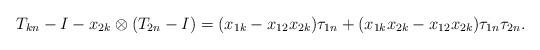
LaTeX: \begin{align*} T_{kn}-I-x_{2k}\otimes(T_{2n}-I)=(x_{1k}-x_{12}x_{2k})\tau_{1n}+(x_{1k}x_{2k}-x_{12}x_{2k})\tau_{1n}\tau_{2n}.\end{align*}